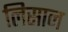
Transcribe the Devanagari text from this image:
लिसान